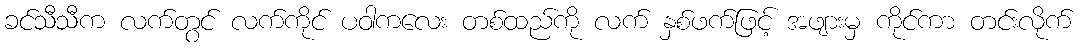
ခင်သီသီက လက်တွင် လက်ကိုင် ပဝါကလေး တစ်ထည်ကို လက် နှစ်ဖက်ဖြင့် အဖျားမှ ကိုင်ကာ တင်းလိုက်